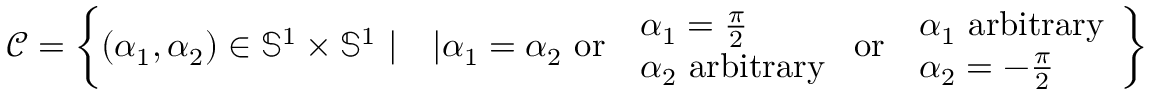
\mathcal { C } = \left\{ ( \alpha _ { 1 } , \alpha _ { 2 } ) \in \mathbb { S } ^ { 1 } \times \mathbb { S } ^ { 1 } \ | \quad | \alpha _ { 1 } = \alpha _ { 2 } \mathrm { ~ o r ~ } \ \begin{array} { l } { \! \alpha _ { 1 } = \frac { \pi } { 2 } } \\ { \! \alpha _ { 2 } \mathrm { ~ a r b i t r a r y } } \end{array} \mathrm { ~ o r ~ } \ \begin{array} { l } { \! \alpha _ { 1 } \mathrm { ~ a r b i t r a r y } } \\ { \! \alpha _ { 2 } = - \frac { \pi } { 2 } } \end{array} \right\}